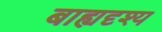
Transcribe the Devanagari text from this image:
बाह्यदृश्य